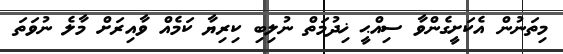
މިތަނުން އެކަށީގެންވާ ސިއްޙީ ޚިދުމަތް ނުލިބި ކިރިޔާ ކަމެއް ވާއިރަށް މާލެ ނުވަތަ